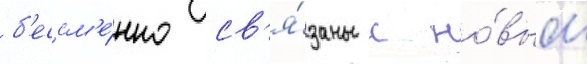
б'ессм'е́нно св'я́заны с но́вым